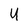
Character: U